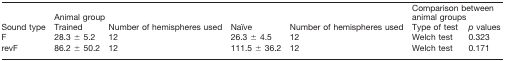
<table><thead><tr><td rowspan="2"><b>Sound type</b></td><td colspan="4"><b>Animal group</b></td><td colspan="2"><b>Comparison betweenanimal groups</b></td></tr><tr><td><b>Trained</b></td><td><b>Number of hemispheres used</b></td><td><b>Naïve</b></td><td><b>Number of hemispheres used</b></td><td><b>Type of test</b></td><td><b><i>p</i> values</b></td></tr></thead><tbody><tr><td>F</td><td>28.3 ± 5.2</td><td>12</td><td>26.3 ± 4.5</td><td>12</td><td>Welch test</td><td>0.323</td></tr><tr><td>revF</td><td>86.2 ± 50.2</td><td>12</td><td>111.5 ± 36.2</td><td>12</td><td>Welch test</td><td>0.171</td></tr></tbody></table>